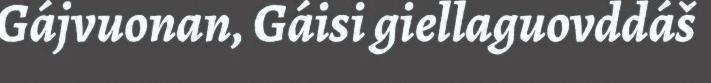
Gájvuonan, Gáisi giellaguovddáš